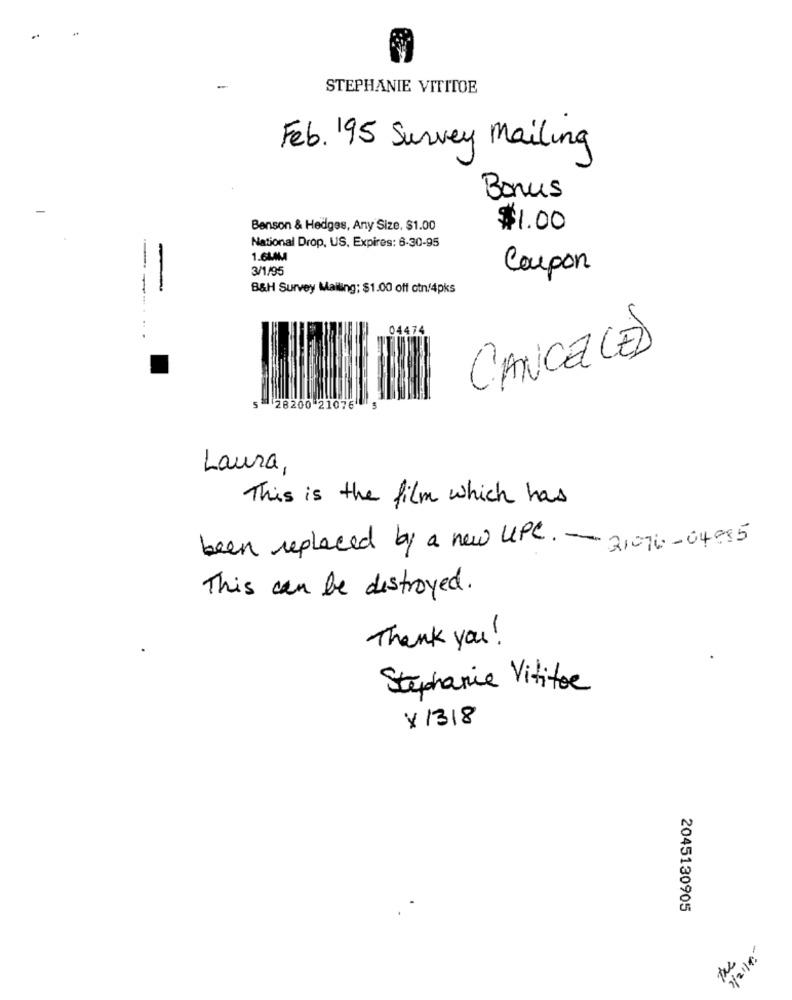
..
-
STEPHANIE VITITOE
Feb. 195 Survey Mailing
Bonus
Benson & Hedges, Any Size, $1.00
$1.00
National Drop, US, Expires: 6-30-95
-
1.6MMA
3/1/95
Coupon
B&H Survey Mailing: $1.00 off ctn/4pks
04474
. ...
CANCELLED
28200 21076
Laura,
This is the film which has
been replaced by a new UPC. - 31076-04985
This can be destroyed .
Thank you !
Stephanie Vititoe
Y 1318
2045130905
the